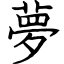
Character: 夢